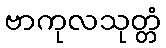
ဗာကုလသုတ္တံ